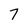
Character: 7